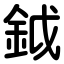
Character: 鉞